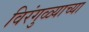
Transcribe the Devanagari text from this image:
विरंगुळ्याच्या